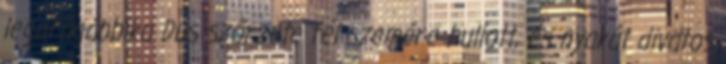
legdrágábbika Dús szőrzete fél szemére hullott, és nyakát divatos